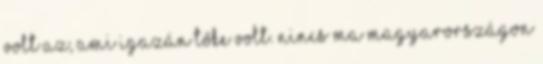
volt az, ami igazán tőke volt. Nincs ma Magyarországon